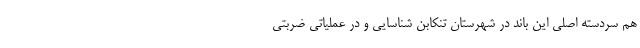
هم سردسته اصلی این باند در شهرستان تنکابن شناسایی و در عملیاتی ضربتی